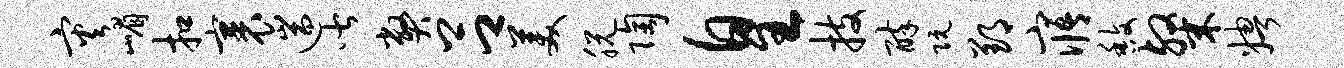
灾嵋扣裹遄皆弊吕美脱陶皇技醉阮郢寤馥粲娉